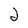
Character: 2